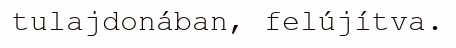
tulajdonában, felújítva.